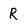
Character: R